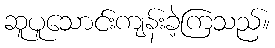
ဆူပူသောင်းကျန်းခဲ့ကြသည်။